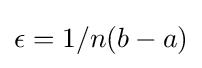
\epsilon =1/n(b-a)